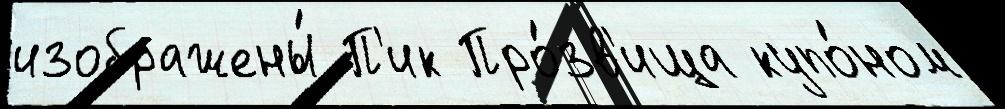
изображены́ П'ик Про́зв'ища купо́ном